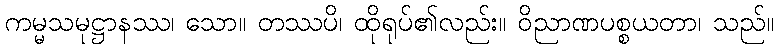
ကမ္မသမုဋ္ဌာနဿ၊ သော။ တဿပိ၊ ထိုရုပ်၏လည်း။ ဝိညာဏပစ္စယတာ၊ သည်။